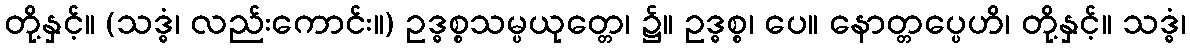
တို့နှင့်။ (သဒ္ဓံ၊ လည်းကောင်း။) ဥဒ္ဓစ္စသမ္ပယုတ္တေ၊ ၌။ ဥဒ္ဓစ္စ၊ ပေ။ နောတ္တပ္ပေဟိ၊ တို့နှင့်။ သဒ္ဓံ၊